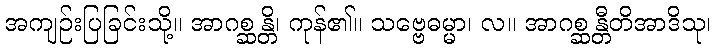
အကျဉ်းပြခြင်းသို့။ အာဂစ္ဆန္တိ၊ ကုန်၏။ သဗ္ဗေဓမ္မာ၊ လ။ အာဂစ္ဆန္တီတိအာဒိသု၊